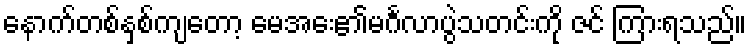
နောက်တစ်နှစ်ကျတော့ မေအေး၏မင်္ဂလာပွဲသတင်းကို ဇင် ကြားရသည်။